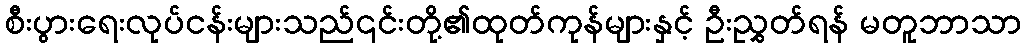
စီးပွားရေးလုပ်ငန်းများသည်၎င်းတို့၏ထုတ်ကုန်များနှင့် ဦးညွှတ်ရန် မတူဘာသာ